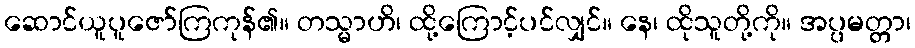
ဆောင်ယူပူဇော်ကြကုန်၏။ တသ္မာဟိ၊ ထို့ကြောင့်ပင်လျှင်။ နေ၊ ထိုသူတို့ကို။ အပ္ပမတ္တာ၊